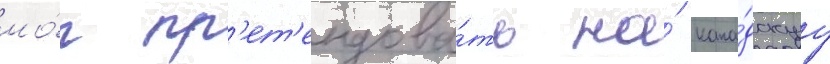
мо́г пр'ет'ендова́ть на́ кана́дскуу